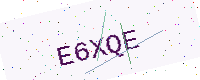
Text: E6XQE